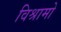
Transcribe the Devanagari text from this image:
विश्रामो